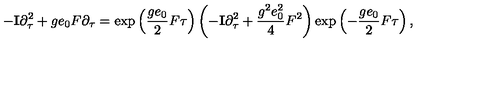
- { \bf I } \partial \sb \tau \sp 2 + g e \sb 0 F \partial \sb \tau = \exp \left( \frac { g e \sb 0 } { 2 } F \tau \right) \left( - { \bf I } \partial \sb \tau \sp 2 + \frac { g \sp 2 e \sb 0 \sp 2 } { 4 } F \sp 2 \right) \exp \left( - \frac { g e \sb 0 } { 2 } F \tau \right) ,